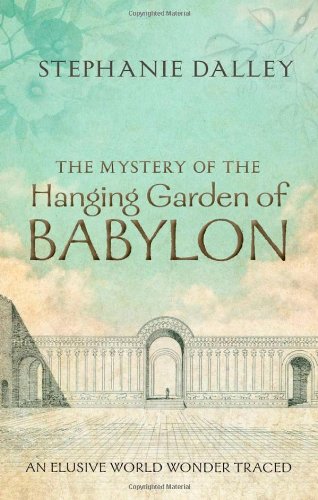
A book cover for The Mystery of the Hanging Garden of Babylon: An Elusive World Wonder Traced; Stephanie Dalley; History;